Document type: Sale
Year: 1423
Scribe: Joan Franc
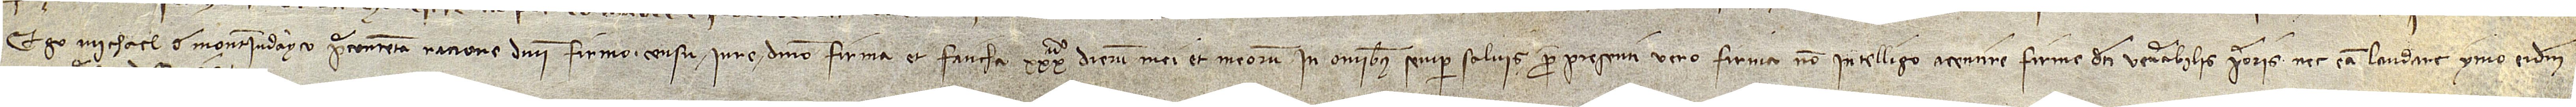
Ego Michael de Monteiudayco, precontenta racione dominii, firmo censu, iure, dominio, firma et faticha XXXª dierum mei et meorum; in omnibus semper salvis pro presenti vero firma non intelligo acentire firme dicti venerabilis prioris nec eam laudare, ymo eidem